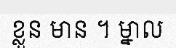
ខ្លួន មាន ។ ម្នាល